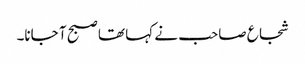
شجاع صاحب نے کہا تھا صبح آ جانا۔